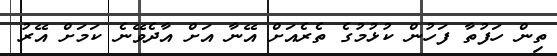
ތިން ހަފުތާ ފަހުން ކުޅުމުގެ ތެރެއަށް އޭނާ އަށް އާދެވޭނެ ކަމަށް އޭރު